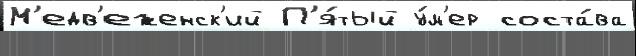
М'едв'еженск'ий П'я́тый у́м'ер соста́ва